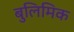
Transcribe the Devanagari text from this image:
बुलिमिक